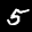
Label: 5